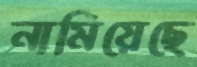
নামিয়েছে